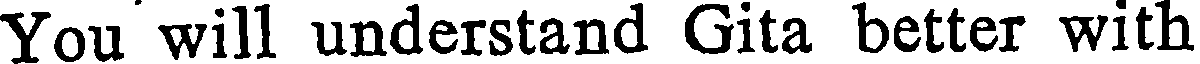
You will understand Gita better with